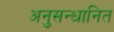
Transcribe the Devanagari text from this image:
अनुसन्‍धानित